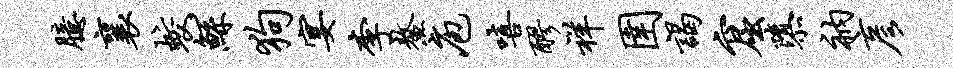
臆襄蛟鲧狗宴李鳌庖嘻醪祥圉谒窟隳衲彦